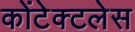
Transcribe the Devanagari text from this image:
कोंटेक्टलेस